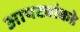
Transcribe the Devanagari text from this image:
आपट्यांकडे